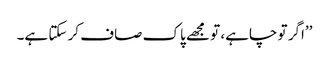
’’اگر تو چاہے، تو مجھے پاک صاف کر سکتا ہے۔